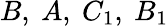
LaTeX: B,\ A,\ C_{1},\ B_{1}